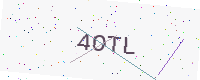
Text: 4OTL